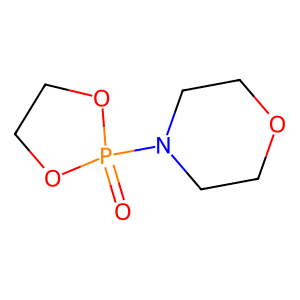
SMILES: O=P1(N2CCOCC2)OCCO1
Inhibits HIV replication: No